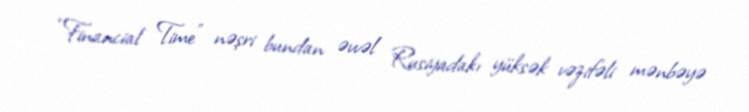
“Financial Time” nəşri bundan əvvəl Rusiyadakı yüksək vəzifəli mənbəyə